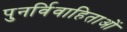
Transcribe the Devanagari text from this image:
पुनर्विवाहिताओं